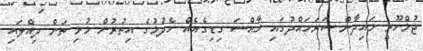
ޖުމްހޫރީ މައިދާން ސަރަހައްދުގައި ހާއްސަ ގިޑިގެއެއް ހެދުމުގެ އިތުރުން މުޅި ތަން ދިއްލައި